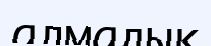
алмадық